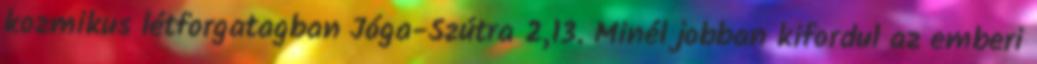
kozmikus létforgatagban Jóga-Szútra 2,13. Minél jobban kifordul az emberi